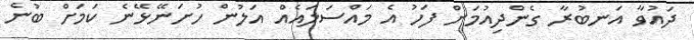
ދައުވާ އަނބުރާ ގެންދިއުމަށް ފަހު އެ މައްސަލައެއް އަލުން ހުށަނޭޅޭނެ ކަމަށް ބުނެ